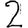
Digit: 2